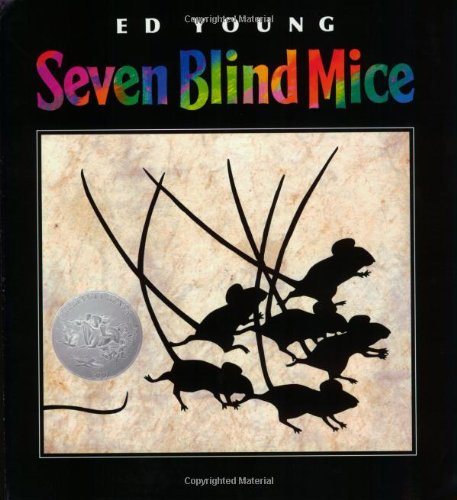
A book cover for Seven Blind Mice (Reading Railroad); Ed Young; Politics & Social Sciences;